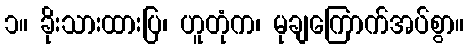
၁။ ခိုးသားထားပြ၊ ဟူတုံက၊ မုချကြောက်အပ်စွာ။